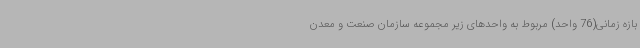
بازه زمانی(76 واحد) مربوط به واحدهای زیر مجموعه سازمان صنعت و معدن